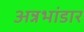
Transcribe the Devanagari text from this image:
अन्नभांडार